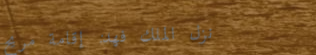
نزل الملك فهد: إقامة مريح